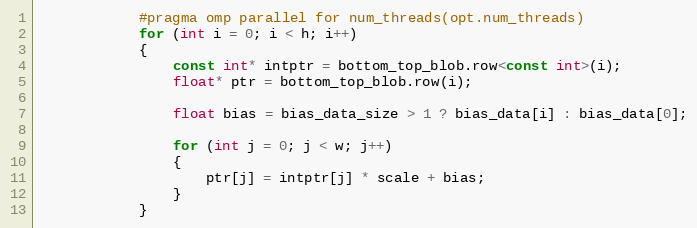
Language: C++
            #pragma omp parallel for num_threads(opt.num_threads)
            for (int i = 0; i < h; i++)
            {
                const int* intptr = bottom_top_blob.row<const int>(i);
                float* ptr = bottom_top_blob.row(i);

                float bias = bias_data_size > 1 ? bias_data[i] : bias_data[0];

                for (int j = 0; j < w; j++)
                {
                    ptr[j] = intptr[j] * scale + bias;
                }
            }